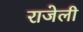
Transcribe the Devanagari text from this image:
राजेली